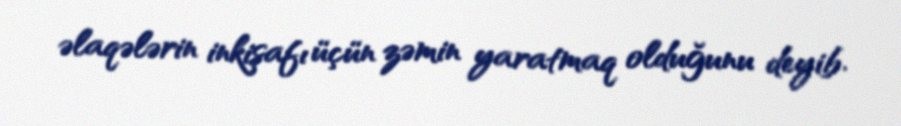
əlaqələrin inkişafı üçün zəmin yaratmaq olduğunu deyib.